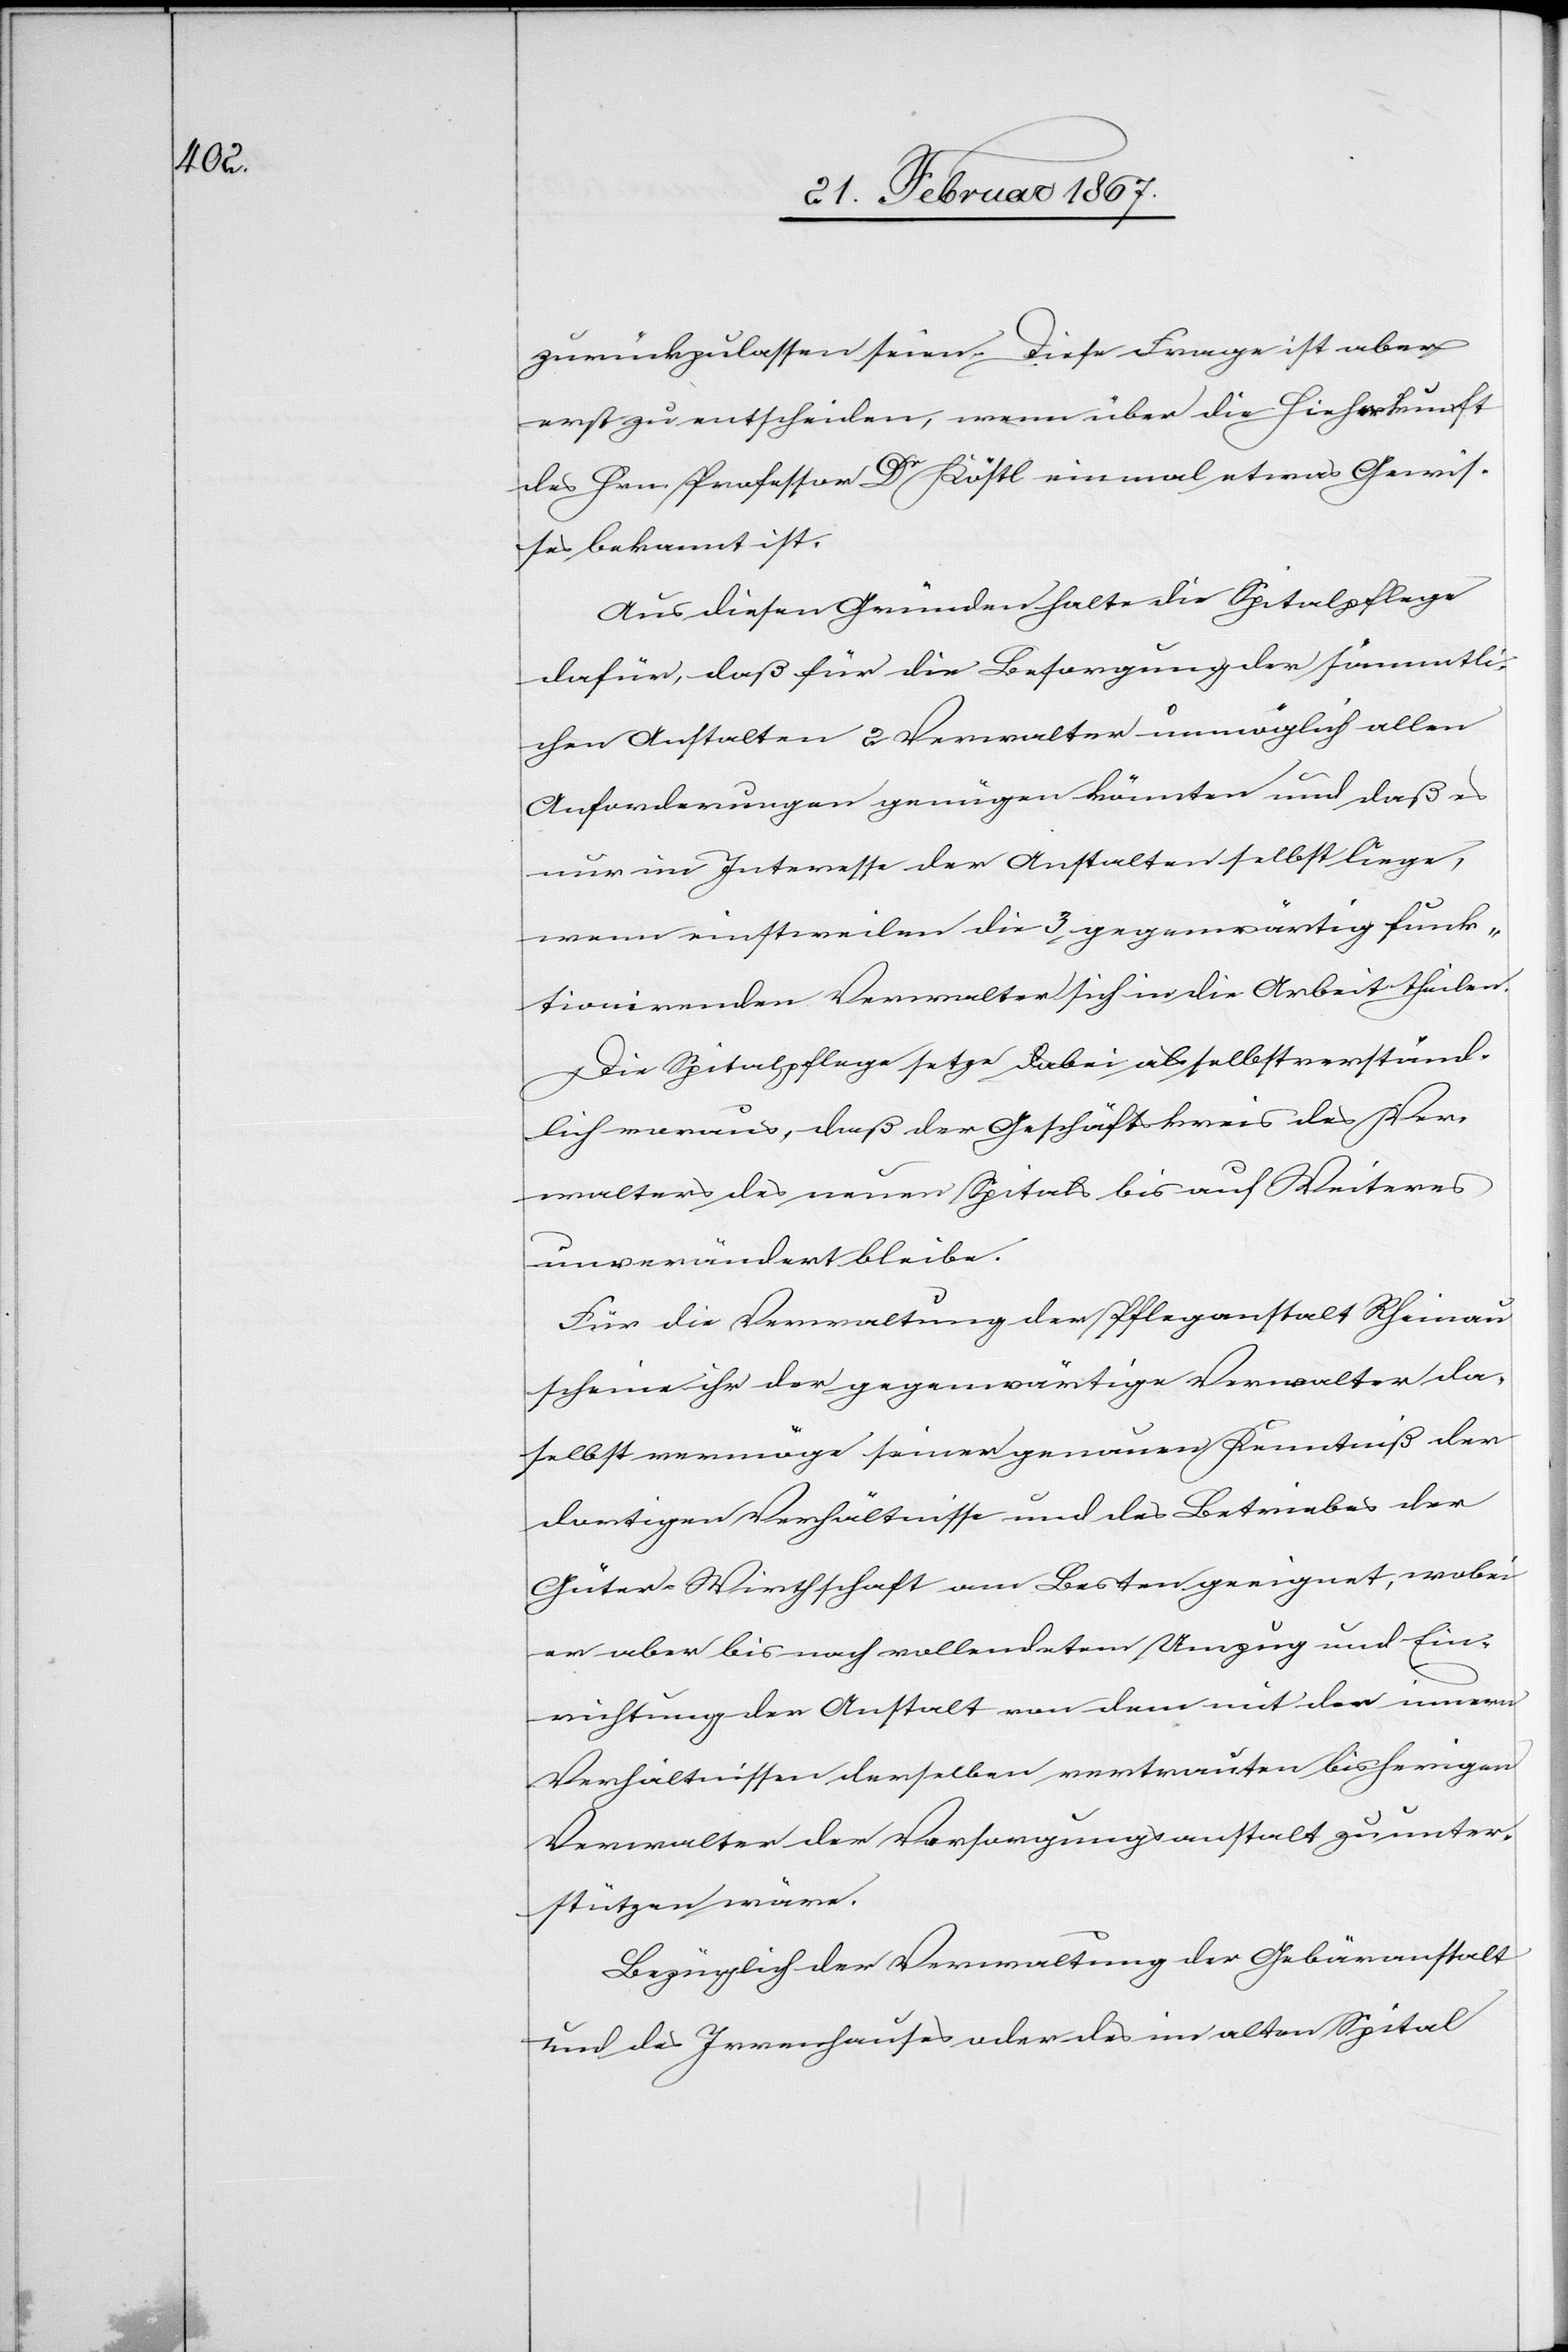
zurückzulassen seien. Diese Frage ist aber
erst zu entscheiden, wenn über die Hieherkunft
des Hrn. Professor Dr Köstl einmal etwas Gewis¬
ses bekannt ist.
Aus diesen Gründen halte die Spitalpflege
dafür, daß für die Besorgung der sämmtli¬
chen Anstalten 2 Verwalter unmöglich allen
Anforderungen genügen könnten und daß es
nur im Interesse der Anstalten selbst liege,
wenn einstweilen die 3 gegenwärtigen funk¬
tionirenden Verwalter sich in die Arbeit theilen.
Die Spitalpflege setze dabei als selbstverständ¬
lich voraus, daß der Geschäftskreis des Ver¬
walters des neuen Spitals bis auf Weiteres
unverändert bleibe.
Für die Verwaltung der Pfleganstalt Rheinau
scheine ihr der gegenwärtige Verwalter da¬
selbst vermöge seiner genauen Kenntniß der
dortigen Verhältnisse und des Betriebes der
Güter-Wirthschaft am Besten geeignet, wobei
er aber bis auf vollendeten Umzug und Ein¬
richtung der Anstalt von dem mit den innern
Verhältnissen derselben vertrauten bisherigen
Verwalter der Versorgungsanstalt zu unter¬
stützen wäre.
Bezüglich der Verwaltung der Gebäranstalt
und des Irrenhauses oder des im alten Spital